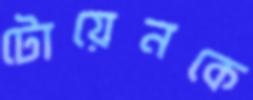
টোয়েনকে